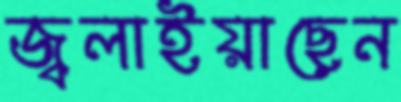
জ্বলাইয়াছেন